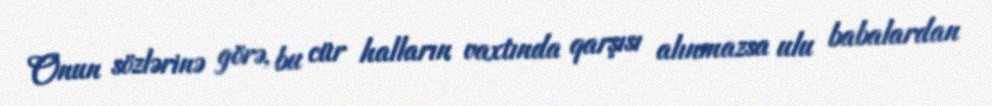
Onun sözlərinə görə, bu cür halların vaxtında qarşısı alınmazsa ulu babalardan